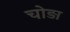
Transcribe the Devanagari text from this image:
चोड़ा